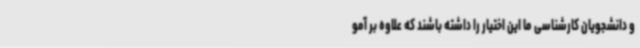
و دانشجویان کارشناسی ما این اختیار را داشته باشند که علاوه بر آمو